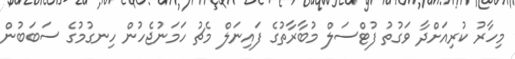
މިހާރު ކުރިއަށްދާ ވަގުތު ފުޓްސަލް މުބާރާތުގެ ފައިނަލް މެޗު ހަމަނުޖެހުން ހިނގުމުގެ ސަބަބުން